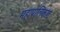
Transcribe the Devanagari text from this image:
महापालिकांत